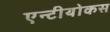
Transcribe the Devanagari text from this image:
एन्टीयोकस